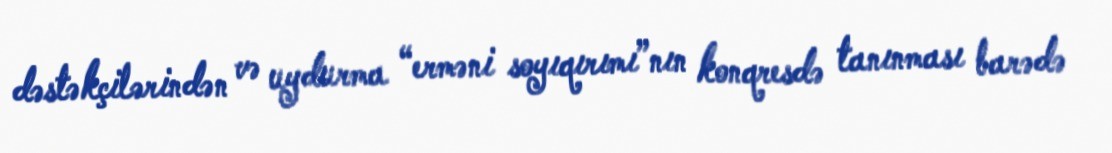
dəstəkçilərindən və uydurma “erməni soyıqırımı”nın konqresdə tanınması barədə